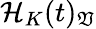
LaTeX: \mathcal{H}_{K}(t)_{\mathfrak{V}}